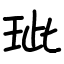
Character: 玼